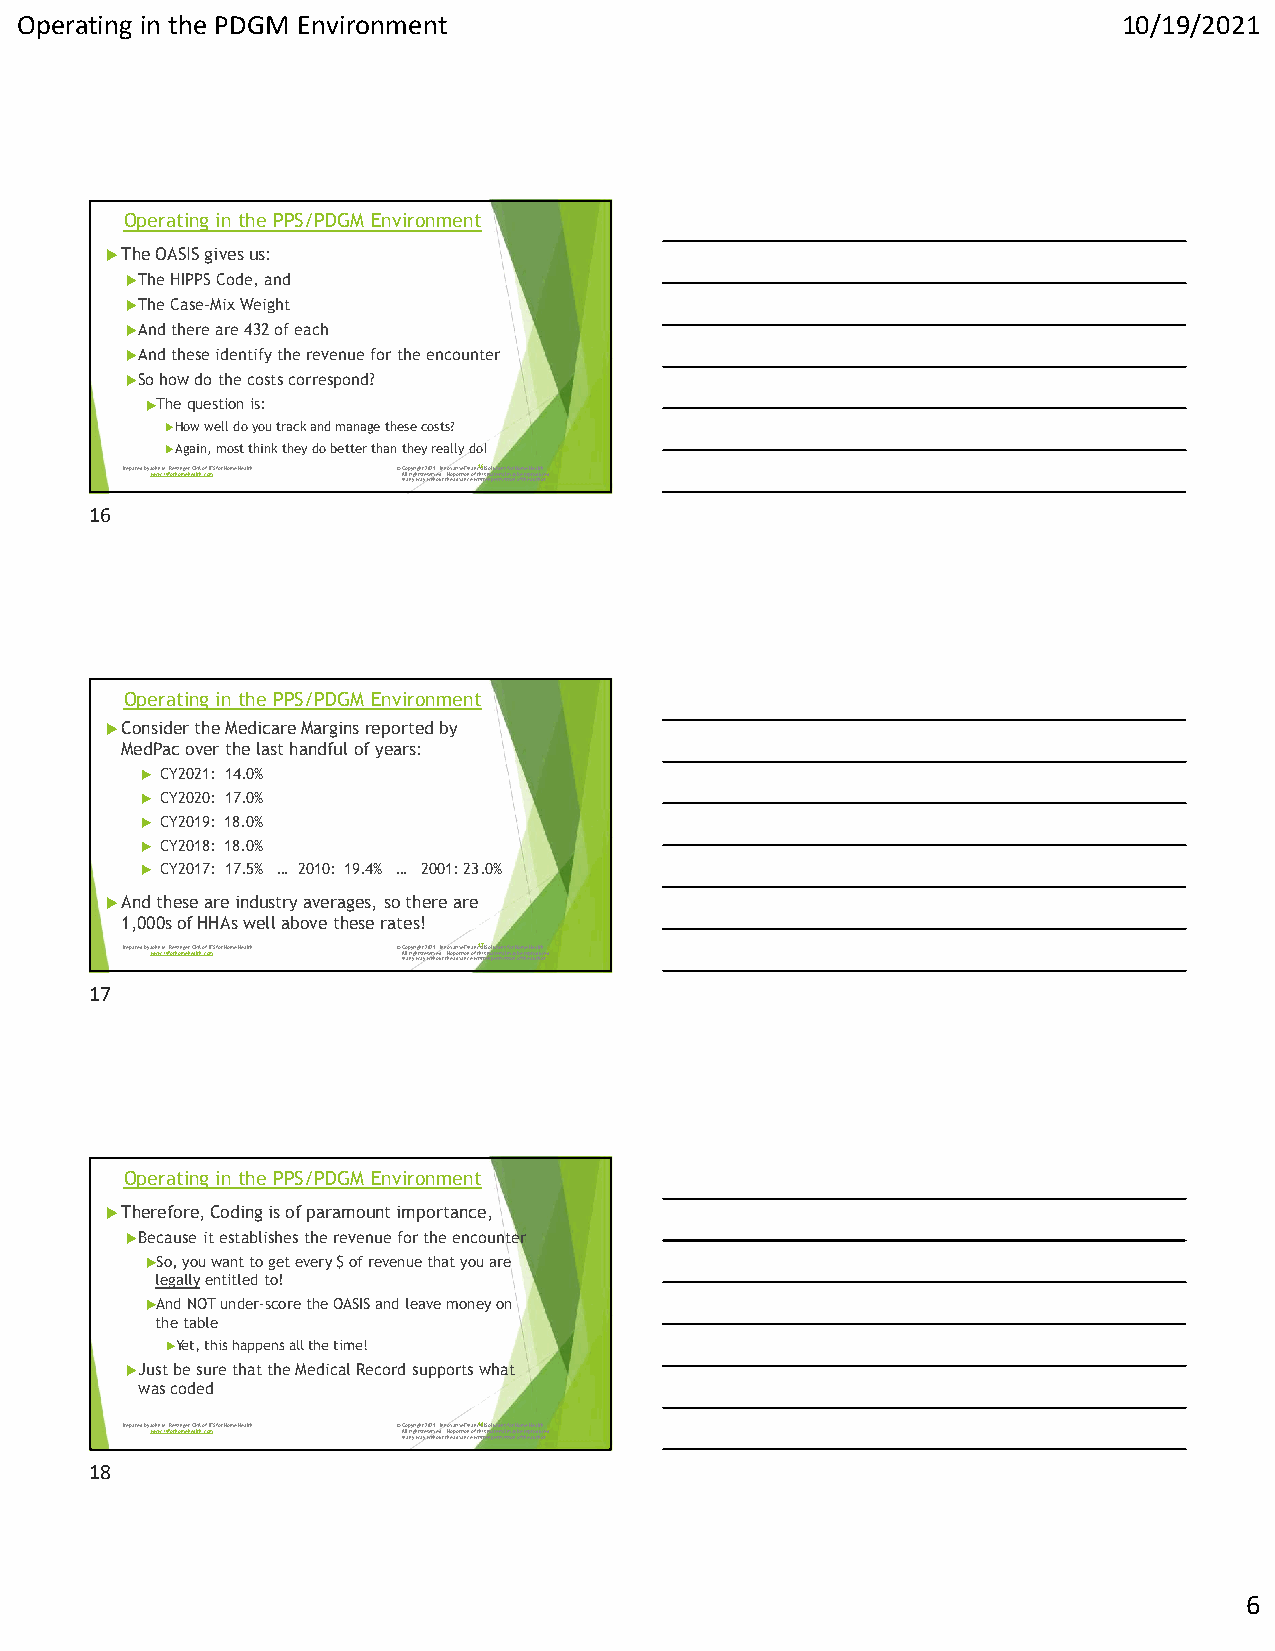
Operating in the PDGM Environment                                        10/19/2021
 Operating in the PPS/PDGM Environment
 The OASIS gives us:
 The HIPPS Code, and
 The Case-Mix Weight
 And there are 432 of each
 And these identify the revenue for the encounter
 So how do the costs correspond?
 The question is:
 How well do you track and manage these costs?
 Again, most think they do better than they really do!
 Prepared by Jwowhnw M.if.s Rfoerihsionmgeerh,e CaPltAh .ocfo ImFS for Home Health © AiC nlo la prnyigyrhi wgthsa try e2 w0se2 itr1 hv. oe udIn t.n t No hv eoa patodivrvetai Fonincn e oa wfn ctr1 hi ia6 titls e Smno al puteteriro minaisls sfmo ioar n yH o bo fem t hreee Hp are uoa tdl htuh ocre.d
 16
 Operating in the PPS/PDGM Environment
 Consider the Medicare Margins reported by
 MedPac over the last handful of years:
  CY2021: 14.0%
  CY2020: 17.0%
  CY2019: 18.0%
  CY2018: 18.0%
  CY2017: 17.5% … 2010: 19.4% … 2001: 23.0%
 And these are industry averages, so there are
 1,000s of HHAs well above these rates!
 Prepared by Jwowhnw M.if.s Rfoerihsionmgeerh,e CaPltAh .ocfo ImFS for Home Health © AiC nlo la prnyigyrhi wgthsa try e2 w0se2 itr1 hv. oe udIn t.n t No hv eoa patodivrvetai Fonincn e oa wfn ctr1 hi ia7 titls e Smno al puteteriro minaisls sfmo ioar n yH o bo fem t hreee Hp are uoa tdl htuh ocre.d
 17
 Operating in the PPS/PDGM Environment
 Therefore, Coding is of paramount importance,
 Because it establishes the revenue for the encounter
 So, you want to get every $ of revenue that you are
 legallyentitled to!
 And NOT under-score the OASIS and leave money on
 the table
 Yet, this happens all the time!
 Just be sure that the Medical Record supports what
 was coded
 Prepared by Jwowhnw M.if.s Rfoerihsionmgeerh,e CaPltAh .ocfo ImFS for Home Health © AiC nlo la prnyigyrhi wgthsa try e2 w0se2 itr1 hv. oe udIn t.n t No hv eoa patodivrvetai Fonincn e oa wfn ctr1 hi ia8 titls e Smno al puteteriro minaisls sfmo ioar n yH o bo fem t hreee Hp are uoa tdl htuh ocre.d
 18
 6